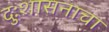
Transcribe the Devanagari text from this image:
दुःशासनाचा